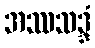
အဿသဒ္ဒံ